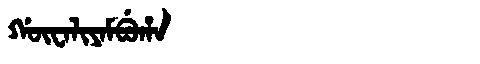
Manchu: ᡤᡡᠸᠠᠯᡳᠶᠠᠮᠪᡠᡥᠠ
Romanization: GŪWALIYAMBUHA